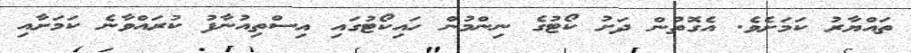
ތައްޔާރު ކަމަށެވެ. އެގޮތުން ދަށު ކޯޓުގެ ނިންމުން ހައިކޯޓުގައި އިސްތިއުނާފު ކުރައްވާނެ ކަމަށާއި